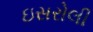
ઇસરોલી